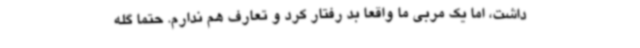
داشت، اما یک مربی ما واقعا بد رفتار کرد و تعارف هم ندارم. حتما گله